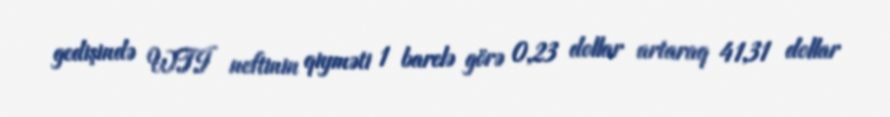
gedişində WTI neftinin qiyməti 1 barelə görə 0,23 dollar artaraq 41,31 dollar